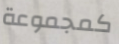
كمجموعة